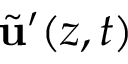
\tilde { \mathbf { u } } ^ { \prime } ( z , t )